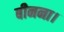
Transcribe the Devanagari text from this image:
बीनना।